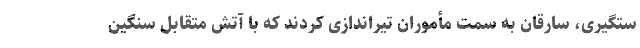
ستگیری، سارقان به سمت مأموران تیراندازی کردند که با آتش متقابل سنگین